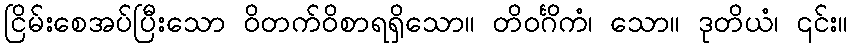
ငြိမ်းစေအပ်ပြီးသော ဝိတက်ဝိစာရရှိသော။ တိဝင်္ဂိကံ၊ သော။ ဒုတိယံ၊ ၎င်း။